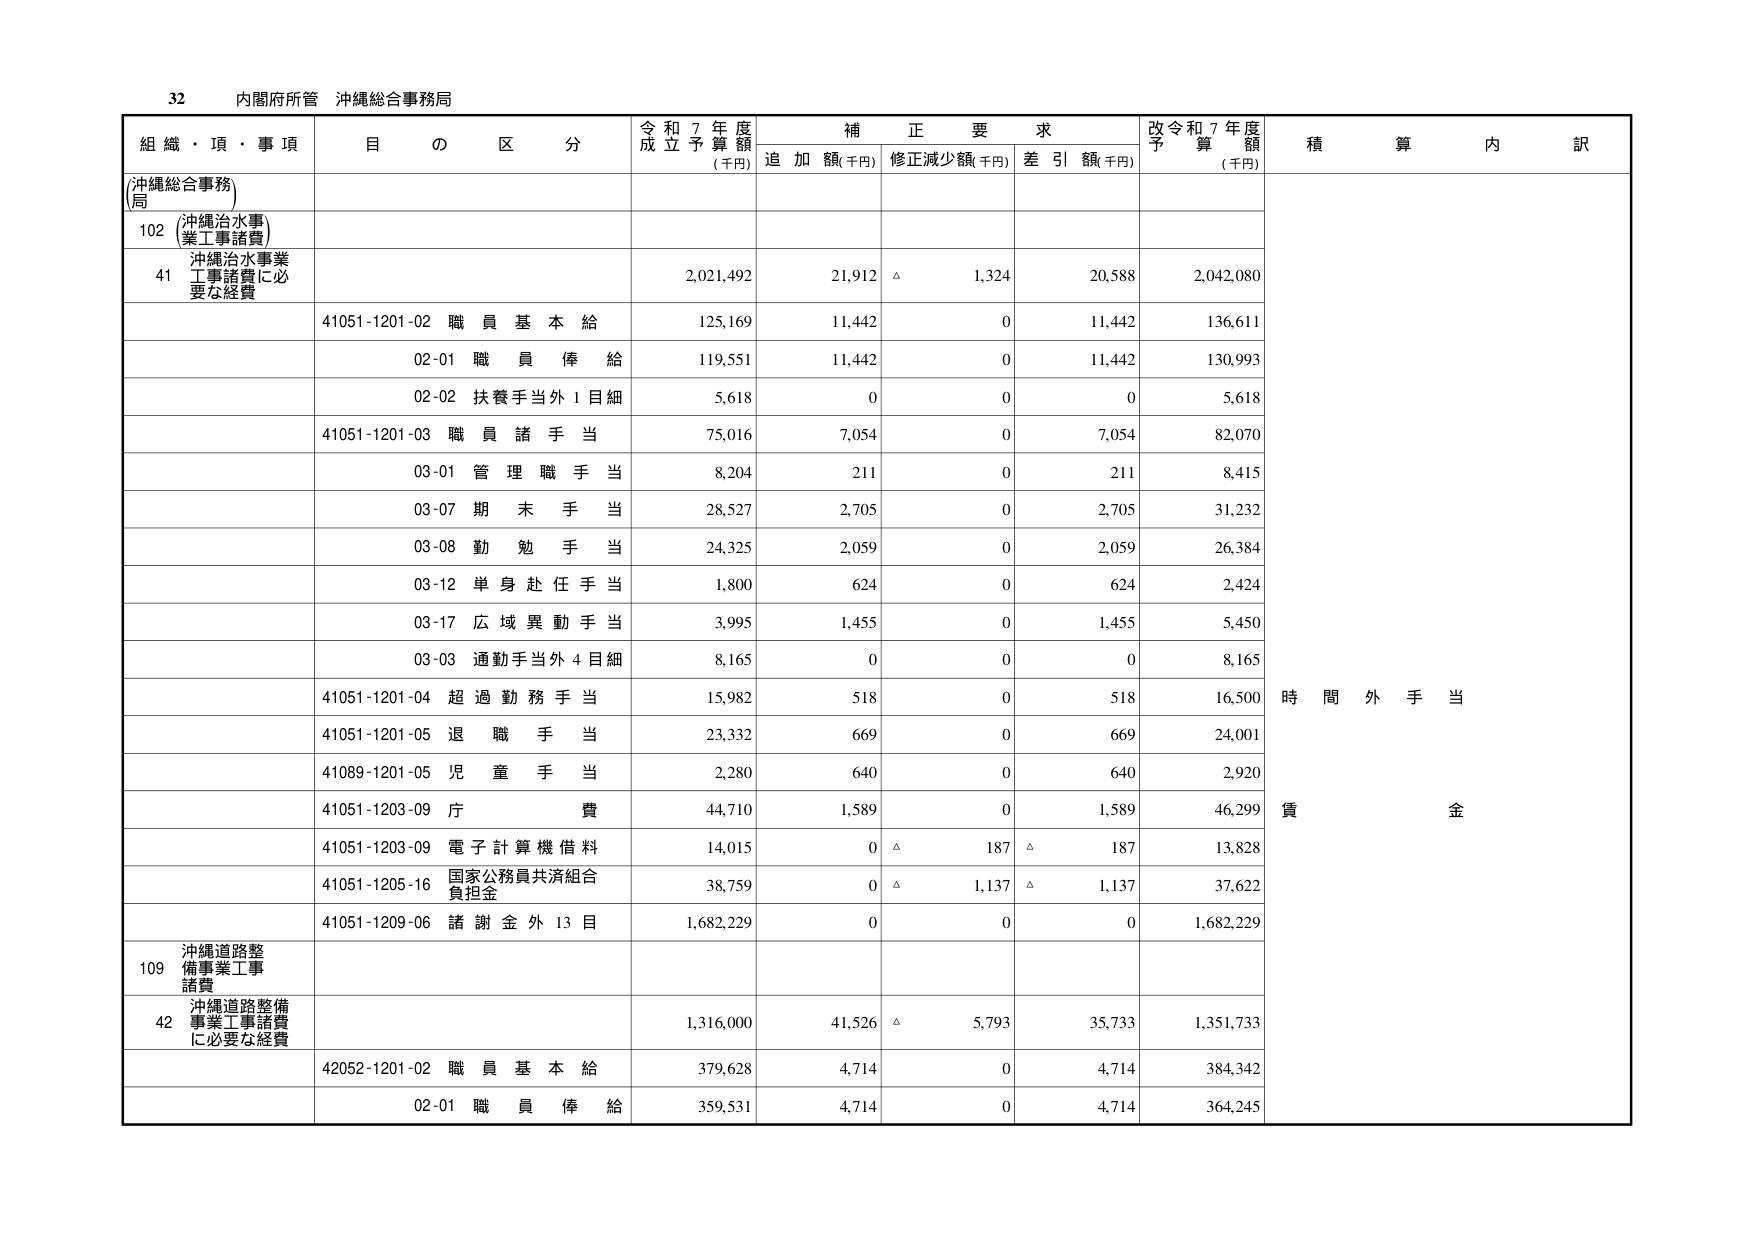
32 内閣府所管 沖縄総合事務局

組織・項・事項 目の区分 令和7年度成立予算額(千円) 補正要求 追加額(千円) 修正減少額(千円) 差引額(千円) 改令和7年度予算額(千円) 積算内訳

(沖縄総合事務局)

102 (沖縄治水事業工事諸費)

41 沖縄治水事業工事諸費に必要な経費 2,021,492 21,912 △ 1,324 20,588 2,042,080

41051-1201-02 職員基本給 125,169 11,442 0 11,442 136,611

02-01 職員俸給 119,551 11,442 0 11,442 130,993

02-02 扶養手当外1目細 5,618 0 0 0 5,618

41051-1201-03 職員諸手当 75,016 7,054 0 7,054 82,070

03-01 管理職手当 8,204 211 0 211 8,415

03-07 期末手当 28,527 2,705 0 2,705 31,232

03-08 勤勉手当 24,325 2,059 0 2,059 26,384

03-12 単身赴任手当 1,800 624 0 624 2,424

03-17 広域異動手当 3,995 1,455 0 1,455 5,450

03-03 通勤手当外4目細 8,165 0 0 0 8,165

41051-1201-04 超過勤務手当 15,982 518 0 518 16,500 時間外手当

41051-1201-05 退職手当 23,332 669 0 669 24,001

41089-1201-05 児童手当 2,280 640 0 640 2,920

41051-1203-09 庁費 44,710 1,589 0 1,589 46,299 賃金

41051-1203-09 電子計算機借料 14,015 0 △ 187 △ 187 13,828

41051-1205-16 国家公務員共済組合負担金 38,759 0 △ 1,137 △ 1,137 37,622

41051-1209-06 諸謝金外13目 1,682,229 0 0 0 1,682,229

109 沖縄道路整備事業工事諸費

42 沖縄道路整備事業工事諸費に必要な経費 1,316,000 41,526 △ 5,793 35,733 1,351,733

42052-1201-02 職員基本給 379,628 4,714 0 4,714 384,342

02-01 職員俸給 359,531 4,714 0 4,714 364,245